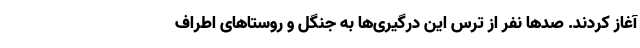
آغاز کردند. صدها نفر از ترس این درگیری‌ها به جنگل و روستاهای اطراف